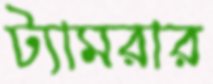
ট্যামরার